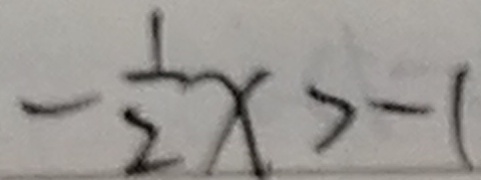
- \frac { 1 } { 2 } x > - 1